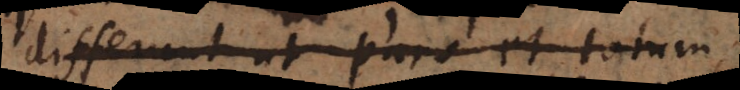
differunt ut pars et totum;